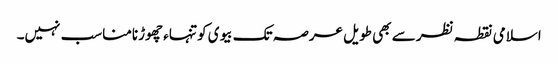
اسلامی نقطہ نظر سے بھی طویل عرصہ تک بیوی کو تنہاء چھوڑنامناسب نہیں۔